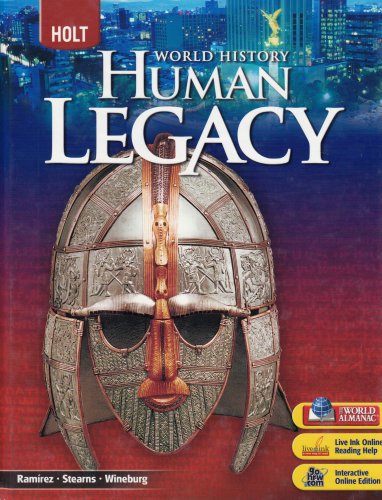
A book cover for World History Human Legacy; RINEHART AND WINSTON HOLT; Teen & Young Adult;